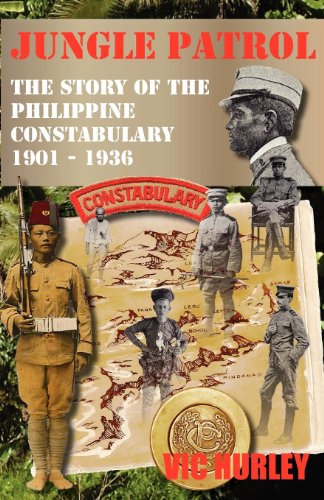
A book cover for Jungle Patrol, the Story of the Philippine Constabulary (1901-1936); Vic Hurley; History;